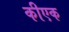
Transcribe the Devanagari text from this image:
कीएक